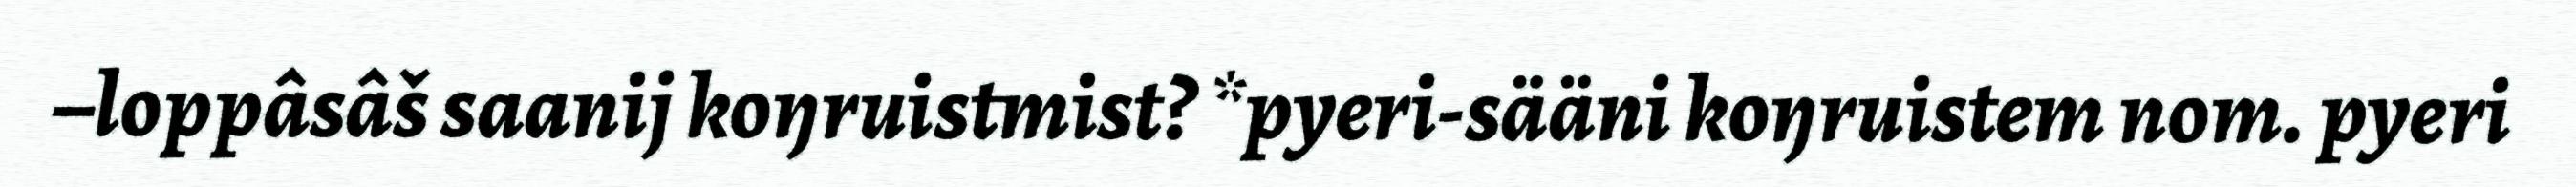
–loppâsâš saanij koŋruistmist? *pyeri-sääni koŋruistem nom. pyeri